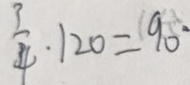
\frac { 3 } { 4 } \cdot 1 2 0 = 9 0 ^ { \circ }